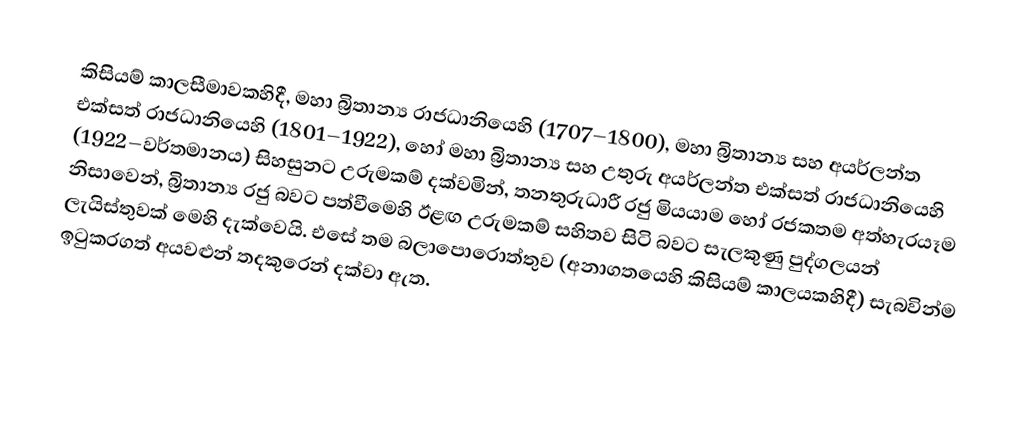
කිසියම් කාලසීමාවකහිදී,  මහා බ්‍රිතාන්‍ය රාජධානියෙහි (1707–1800),    මහා බ්‍රිතාන්‍ය සහ අයර්ලන්ත එක්සත් රාජධානියෙහි (1801–1922), හෝ   මහා බ්‍රිතාන්‍ය සහ උතුරු අයර්ලන්ත එක්සත් රාජධානියෙහි (1922–වර්තමානය) සිහසුනට උරුමකම් දක්වමින්, තනතුරුධාරී රජු මියයාම හෝ රජකතම අත්හැරයෑම නිසාවෙන්, බ්‍රිතාන්‍ය රජු බවට පත්වීමෙහි ඊළඟ උරුමකම් සහිතව සිටි බවට සැලකුණු පුද්ගලයන් ලැයිස්තුවක් මෙහි දැක්වෙයි. එසේ තම බලාපොරොත්තුව (අනාගතයෙහි කිසියම් කාලයකහිදී) සැබවින්ම ඉටුකරගත් අයවළුන් තදකුරෙන් දක්වා ඇත.